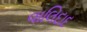
વાલિદાદ